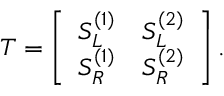
T = \left[ \begin{array} { l l } { S _ { L } ^ { ( 1 ) } } & { S _ { L } ^ { ( 2 ) } } \\ { S _ { R } ^ { ( 1 ) } } & { S _ { R } ^ { ( 2 ) } } \end{array} \right] .